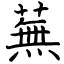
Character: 蕪